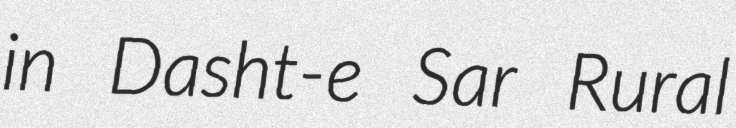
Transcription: in Dasht-e Sar Rural